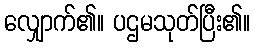
လျှောက်၏။ ပဌမသုတ်ပြီး၏။